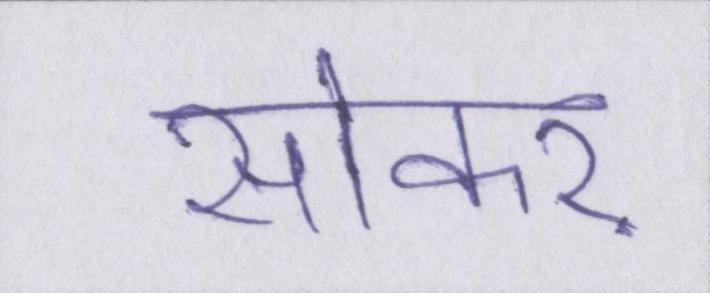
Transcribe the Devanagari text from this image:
सोकर